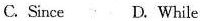
C. Since D.While